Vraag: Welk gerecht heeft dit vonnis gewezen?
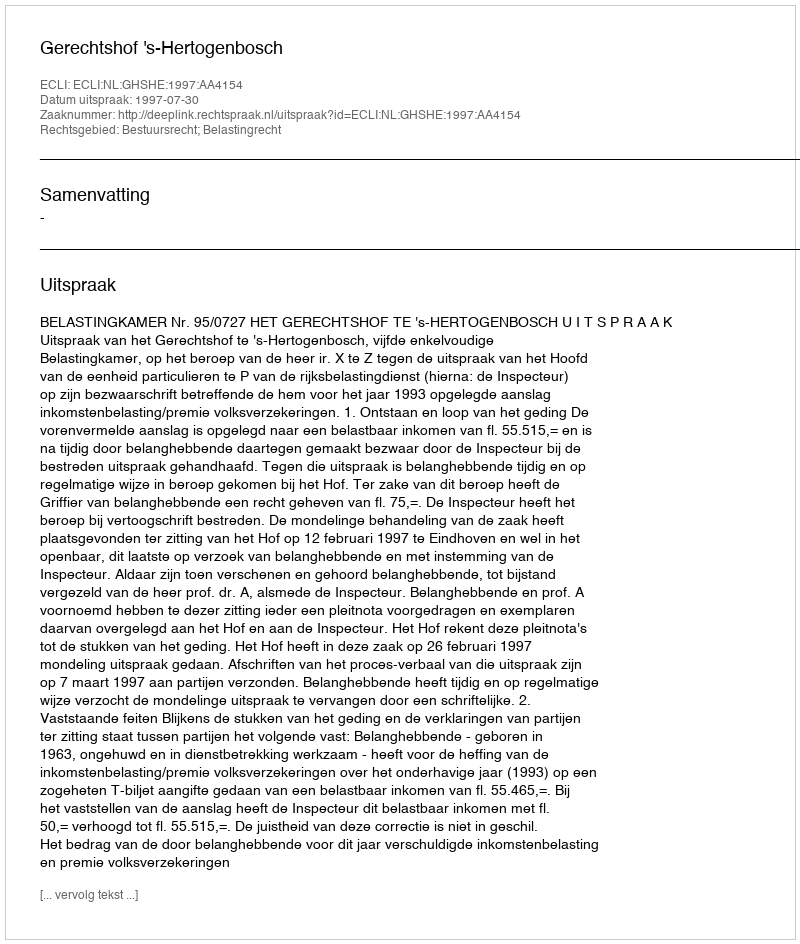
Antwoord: Gerechtshof 's-Hertogenbosch